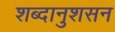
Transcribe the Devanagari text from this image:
शब्दानुशसन